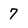
Character: 7